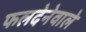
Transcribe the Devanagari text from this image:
फलदेनेवाले